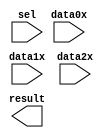
// megafunction wizard: %LPM_MUX%VBB%
// GENERATION: STANDARD
// VERSION: WM1.0
// MODULE: LPM_MUX 

// ============================================================
// Megafunction Name(s):
// 			LPM_MUX
//
// Simulation Library Files(s):
// 			lpm
// ============================================================
// ************************************************************
// THIS IS A WIZARD-GENERATED FILE. DO NOT EDIT THIS FILE!
//
// 19.1.0 Build 670 09/22/2019 SJ Lite Edition
// ************************************************************

//Copyright (C) 2019  Intel Corporation. All rights reserved.
//Your use of Intel Corporation's design tools, logic functions 
//and other software and tools, and any partner logic 
//functions, and any output files from any of the foregoing 
//(including device programming or simulation files), and any 
//associated documentation or information are expressly subject 
//to the terms and conditions of the Intel Program License 
//Subscription Agreement, the Intel Quartus Prime License Agreement,
//the Intel FPGA IP License Agreement, or other applicable license
//agreement, including, without limitation, that your use is for
//the sole purpose of programming logic devices manufactured by
//Intel and sold by Intel or its authorized distributors.  Please
//refer to the applicable agreement for further details, at
//https://fpgasoftware.intel.com/eula.

module MUX3 (
	data0x,
	data1x,
	data2x,
	sel,
	result);

	input	[15:0]  data0x;
	input	[15:0]  data1x;
	input	[15:0]  data2x;
	input	[1:0]  sel;
	output	[15:0]  result;

endmodule

// ============================================================
// CNX file retrieval info
// ============================================================
// Retrieval info: PRIVATE: INTENDED_DEVICE_FAMILY STRING "Cyclone IV E"
// Retrieval info: PRIVATE: SYNTH_WRAPPER_GEN_POSTFIX STRING "0"
// Retrieval info: PRIVATE: new_diagram STRING "1"
// Retrieval info: LIBRARY: lpm lpm.lpm_components.all
// Retrieval info: CONSTANT: LPM_SIZE NUMERIC "3"
// Retrieval info: CONSTANT: LPM_TYPE STRING "LPM_MUX"
// Retrieval info: CONSTANT: LPM_WIDTH NUMERIC "16"
// Retrieval info: CONSTANT: LPM_WIDTHS NUMERIC "2"
// Retrieval info: USED_PORT: data0x 0 0 16 0 INPUT NODEFVAL "data0x[15..0]"
// Retrieval info: USED_PORT: data1x 0 0 16 0 INPUT NODEFVAL "data1x[15..0]"
// Retrieval info: USED_PORT: data2x 0 0 16 0 INPUT NODEFVAL "data2x[15..0]"
// Retrieval info: USED_PORT: result 0 0 16 0 OUTPUT NODEFVAL "result[15..0]"
// Retrieval info: USED_PORT: sel 0 0 2 0 INPUT NODEFVAL "sel[1..0]"
// Retrieval info: CONNECT: @data 0 0 16 0 data0x 0 0 16 0
// Retrieval info: CONNECT: @data 0 0 16 16 data1x 0 0 16 0
// Retrieval info: CONNECT: @data 0 0 16 32 data2x 0 0 16 0
// Retrieval info: CONNECT: @sel 0 0 2 0 sel 0 0 2 0
// Retrieval info: CONNECT: result 0 0 16 0 @result 0 0 16 0
// Retrieval info: GEN_FILE: TYPE_NORMAL MUX3.v TRUE
// Retrieval info: GEN_FILE: TYPE_NORMAL MUX3.inc FALSE
// Retrieval info: GEN_FILE: TYPE_NORMAL MUX3.cmp FALSE
// Retrieval info: GEN_FILE: TYPE_NORMAL MUX3.bsf TRUE
// Retrieval info: GEN_FILE: TYPE_NORMAL MUX3_inst.v FALSE
// Retrieval info: GEN_FILE: TYPE_NORMAL MUX3_bb.v TRUE
// Retrieval info: LIB_FILE: lpm